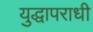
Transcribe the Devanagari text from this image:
युद्धापराधी